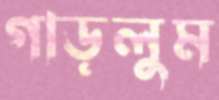
গাড়লুম